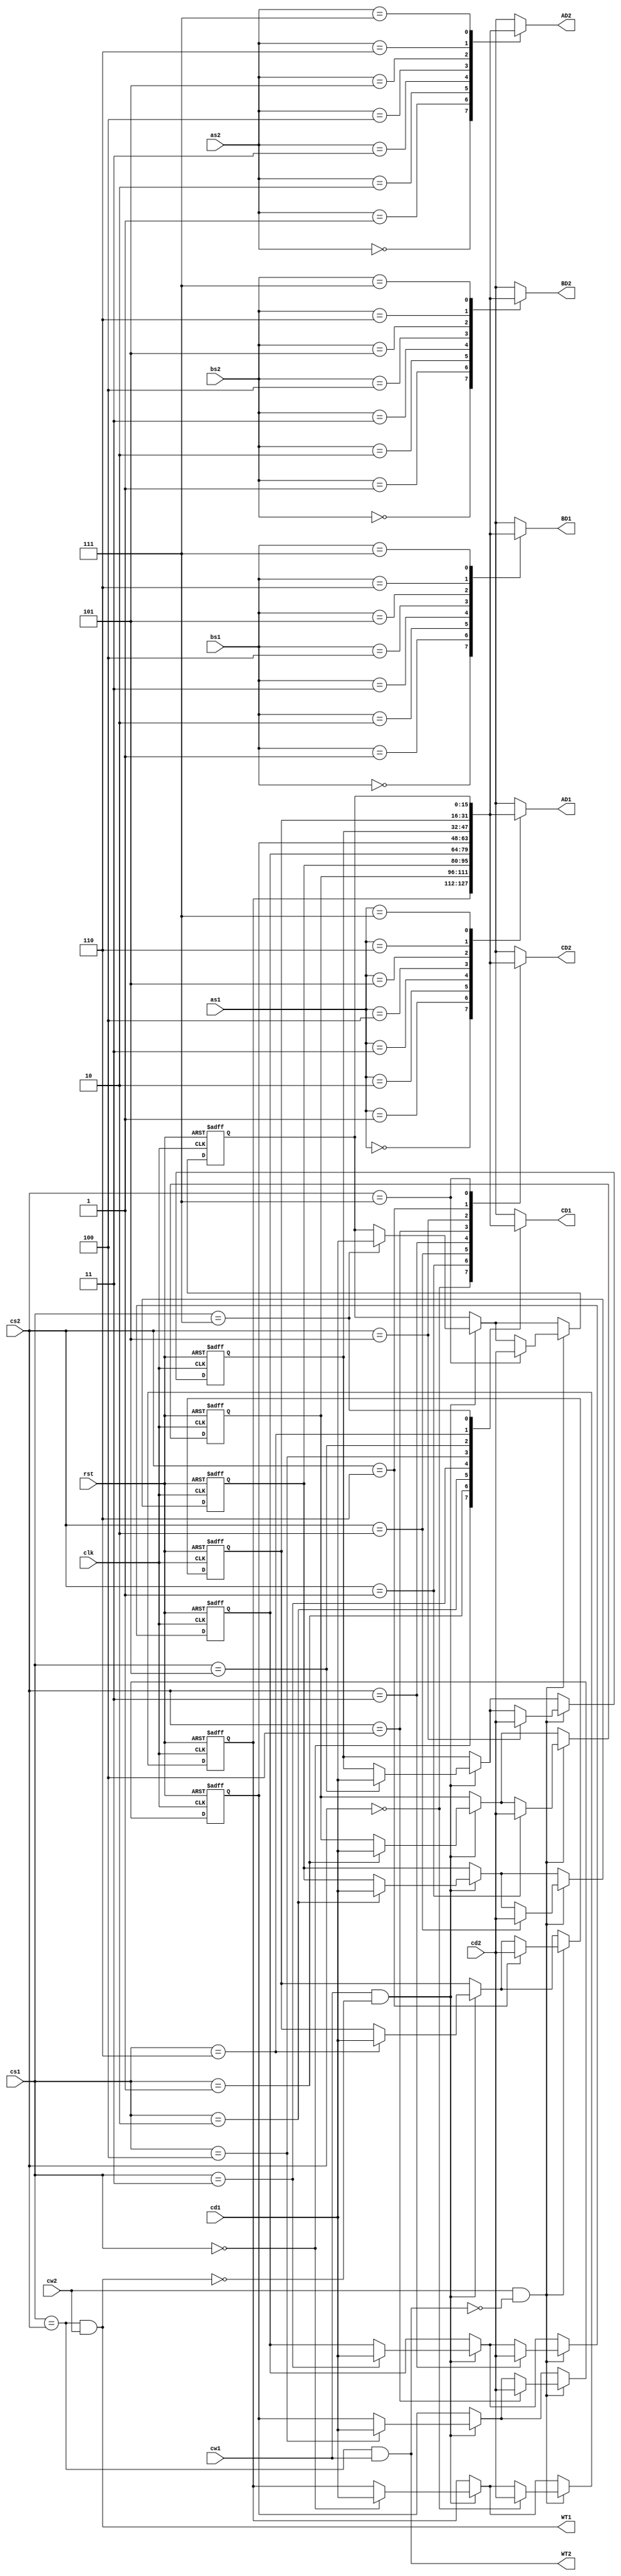
module registerfile_1(
	clk,
	rst,
	as1,
	bs1,
	cs1,
	cw1,
	cd1,
	as2,
	bs2,
	cs2,
	cw2,
	cd2,
	AD1,
	BD1,
	CD1,
	WT1,
	AD2,
	BD2,
	CD2,
	WT2
	);
input clk;
input rst;
input [2:0] as1;
input [2:0] bs1;
input [2:0] cs1;
input cw1;
input [15:0] cd1;
output [15:0] AD1;
output [15:0] BD1;
output [15:0] CD1;
output WT1; 
input [2:0] as2;
input [2:0] bs2;
input [2:0] cs2;
input cw2;
input [15:0] cd2;
output [15:0] AD2;
output [15:0] BD2;
output [15:0] CD2;
output WT2; 
reg [15:0] rDat [0:7];
assign AD1=rDat[as1];
assign AD2=rDat[as2];
assign BD1=rDat[bs1];
assign BD2=rDat[bs2];
assign CD1=rDat[cs1];
assign CD2=rDat[cs2];
assign WT1=(cs1==cs2)&&cw2;
assign WT2=(cs1==cs2)&&cw1;
always@(posedge clk or posedge rst) begin
	if(rst) begin
		rDat[0]<=0;
		rDat[1]<=0;
		rDat[2]<=0;
		rDat[3]<=0;		
		rDat[4]<=0;
		rDat[5]<=0;	
		rDat[6]<=0;
		rDat[7]<=0;
	end
	else begin
		if(cw1&&~WT1) begin
			rDat[cs1]<=cd1;
		end
		if(cw2&&~WT2) begin
			rDat[cs2]<=cd2;
		end
	end
end
endmodule